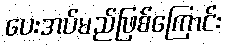
ပေးအပ်မည်ဖြစ်ကြောင်း